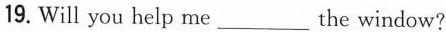
19. Will you help me___the window?